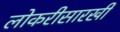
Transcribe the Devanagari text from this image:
लोकरीसारखी